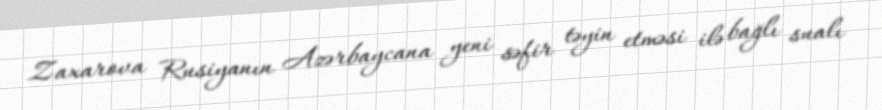
Zaxarova Rusiyanın Azərbaycana yeni səfir təyin etməsi ilə bağlı sualı